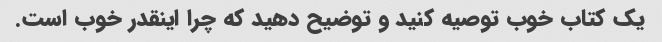
یک کتاب خوب توصیه کنید و توضیح دهید که چرا اینقدر خوب است.